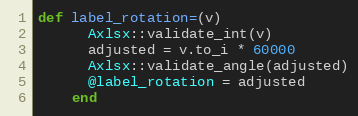
Language: Ruby
def label_rotation=(v)
      Axlsx::validate_int(v)
      adjusted = v.to_i * 60000
      Axlsx::validate_angle(adjusted)
      @label_rotation = adjusted
    end